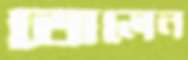
তোলেন